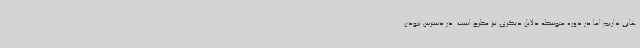
هایی داریم اما در دوره متوسطه دلایل دیگری نیز مطرح است. در دسترس نبودن